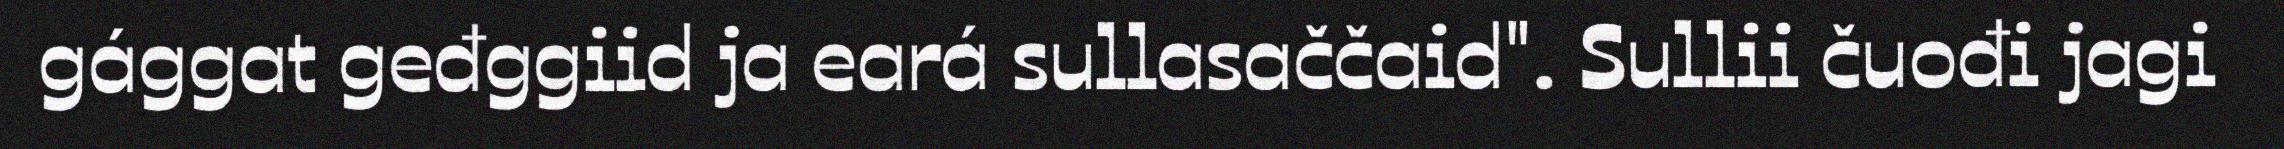
gággat geđggiid ja eará sullasaččaid". Sullii čuođi jagi